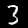
Label: 3